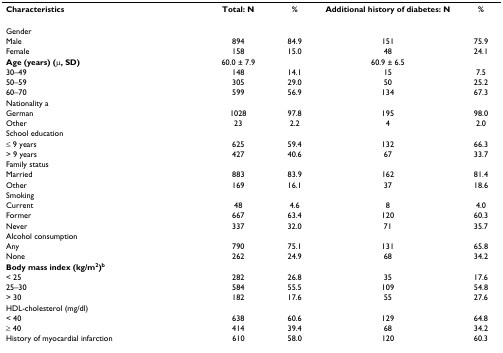
<table><thead><tr><td><b>Characteristics</b></td><td><b>Total: N</b></td><td><b>%</b></td><td><b>Additional history of diabetes: N</b></td><td><b>%</b></td></tr></thead><tbody><tr><td>Gender</td><td></td><td></td><td></td><td></td></tr><tr><td>Male</td><td>894</td><td>84.9</td><td>151</td><td>75.9</td></tr><tr><td>Female</td><td>158</td><td>15.0</td><td>48</td><td>24.1</td></tr><tr><td><b>Age (years) (μ, SD)</b></td><td>60.0 ± 7.9</td><td></td><td>60.9 ± 6.5</td><td></td></tr><tr><td>30–49</td><td>148</td><td>14.1</td><td>15</td><td>7.5</td></tr><tr><td>50–59</td><td>305</td><td>29.0</td><td>50</td><td>25.2</td></tr><tr><td>60–70</td><td>599</td><td>56.9</td><td>134</td><td>67.3</td></tr><tr><td>Nationality a</td><td></td><td></td><td></td><td></td></tr><tr><td>German</td><td>1028</td><td>97.8</td><td>195</td><td>98.0</td></tr><tr><td>Other</td><td>23</td><td>2.2</td><td>4</td><td>2.0</td></tr><tr><td>School education</td><td></td><td></td><td></td><td></td></tr><tr><td>≤ 9 years</td><td>625</td><td>59.4</td><td>132</td><td>66.3</td></tr><tr><td>&gt; 9 years</td><td>427</td><td>40.6</td><td>67</td><td>33.7</td></tr><tr><td>Family status</td><td></td><td></td><td></td><td></td></tr><tr><td>Married</td><td>883</td><td>83.9</td><td>162</td><td>81.4</td></tr><tr><td>Other</td><td>169</td><td>16.1</td><td>37</td><td>18.6</td></tr><tr><td>Smoking</td><td></td><td></td><td></td><td></td></tr><tr><td>Current</td><td>48</td><td>4.6</td><td>8</td><td>4.0</td></tr><tr><td>Former</td><td>667</td><td>63.4</td><td>120</td><td>60.3</td></tr><tr><td>Never</td><td>337</td><td>32.0</td><td>71</td><td>35.7</td></tr><tr><td>Alcohol consumption</td><td></td><td></td><td></td><td></td></tr><tr><td>Any</td><td>790</td><td>75.1</td><td>131</td><td>65.8</td></tr><tr><td>None</td><td>262</td><td>24.9</td><td>68</td><td>34.2</td></tr><tr><td><b>Body mass index (kg/m<sup>2</sup>)<sup>b</sup></b></td><td></td><td></td><td></td><td></td></tr><tr><td>&lt; 25</td><td>282</td><td>26.8</td><td>35</td><td>17.6</td></tr><tr><td>25–30</td><td>584</td><td>55.5</td><td>109</td><td>54.8</td></tr><tr><td>&gt; 30</td><td>182</td><td>17.6</td><td>55</td><td>27.6</td></tr><tr><td>HDL-cholesterol (mg/dl)</td><td></td><td></td><td></td><td></td></tr><tr><td>&lt; 40</td><td>638</td><td>60.6</td><td>129</td><td>64.8</td></tr><tr><td>≥ 40</td><td>414</td><td>39.4</td><td>68</td><td>34.2</td></tr><tr><td>History of myocardial infarction</td><td>610</td><td>58.0</td><td>120</td><td>60.3</td></tr></tbody></table>